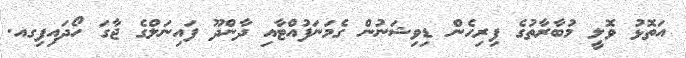
އަތޮޅު ވޮލީ މުބާރާތުގެ ފިރިހެން ޑިވިޝަނުން ގެމަނަފުއްޓާއި ދާންދޫ ފައިނަލްގެ ޖާގަ ހޯދައިފިގއ.